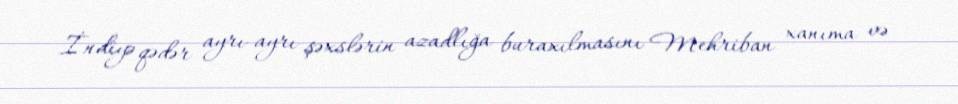
İndiyə qədər ayrı-ayrı şəxslərin azadlığa buraxılmasını Mehriban xanıma və